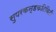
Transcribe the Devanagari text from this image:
सुपरकन्डकटिविटी